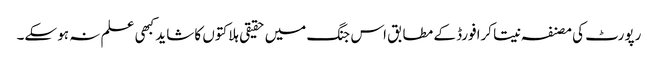
رپورٹ کی مصنفہ نیتا کرافورڈ کے مطابق اس جنگ میں حقیقی ہلاکتوں کا شاید کبھی علم نہ ہو سکے۔